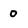
Character: 0